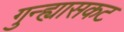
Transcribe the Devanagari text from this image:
गुन्ह्यासकट